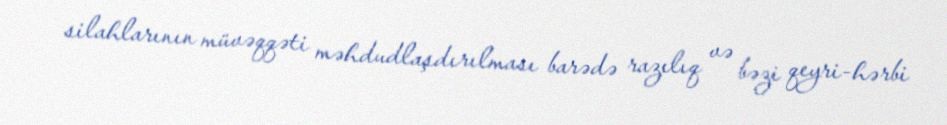
silahlarının müvəqqəti məhdudlaşdırılması barədə razılıq və bəzi qeyri-hərbi